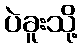
ပဲခူးသို့